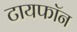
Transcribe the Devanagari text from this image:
टायफॉन